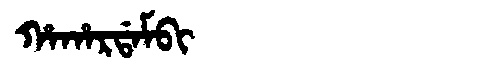
Manchu: ᡥᠠᡥᠠᡵᡩᠠᠮᠪᡳ
Romanization: HAHARDAMBI